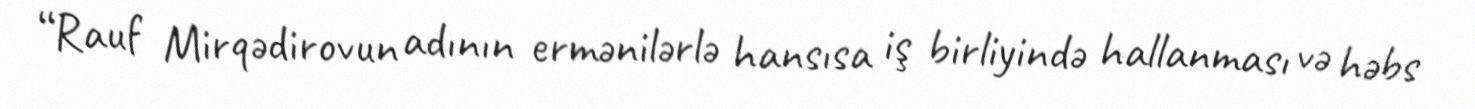
“Rauf Mirqədirovun adının ermənilərlə hansısa iş birliyində hallanması və həbs